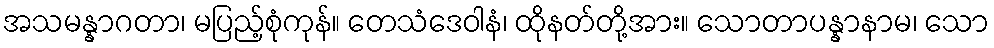
အသမန္နာဂတာ၊ မပြည့်စုံကုန်။ တေသံဒေဝါနံ၊ ထိုနတ်တို့အား။ သောတာပန္နာနာမ၊ သော